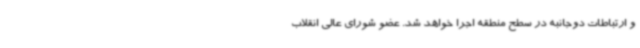
و ارتباطات دوجانبه در سطح منطقه اجرا خواهد شد. عضو شورای عالی انقلاب